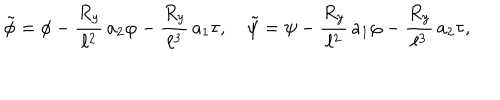
LaTeX: \tilde { \phi } = \phi - { \frac { R _ { y } } { \ell ^ { 2 } } } \, a _ { 2 } \varphi - { \frac { R _ { y } } { \ell ^ { 3 } } } \, a _ { 1 } \tau , \quad \tilde { \psi } = \psi - { \frac { R _ { y } } { \ell ^ { 2 } } } \, a _ { 1 } \varphi - { \frac { R _ { y } } { \ell ^ { 3 } } } \, a _ { 2 } \tau ,